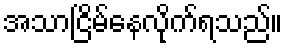
အသာငြိမ်နေလိုက်ရသည်။